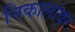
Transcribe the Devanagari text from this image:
निकालांवर